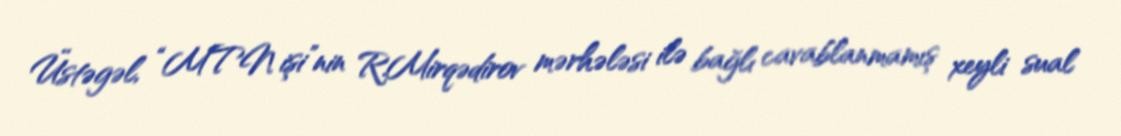
Üstəgəl, “MTN işi”nin R.Mirqədirov mərhələsi ilə bağlı cavablanmamış xeyli sual